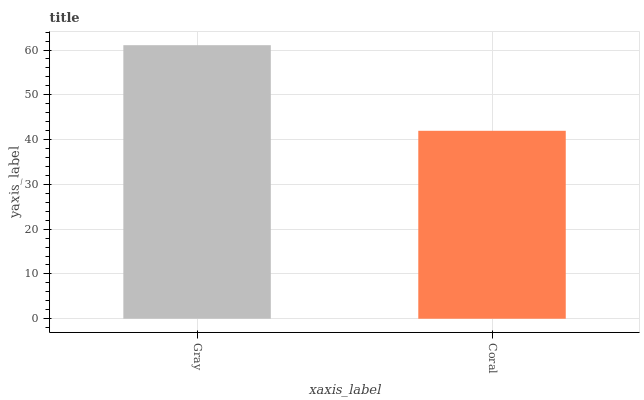
| xaxis_label | bars |
 | --- | --- |
 | Gray | 61.1 |
 | Coral | 42 |